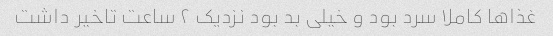
غذاها کاملا سرد بود و خیلى بد بود نزدیک ٢ ساعت تاخیر داشت